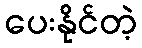
ပေးနိုင်တဲ့